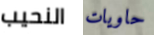
النحيب حاويات